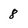
Character: 8